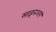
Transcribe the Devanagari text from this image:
साइनअप